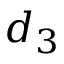
d _ { 3 }